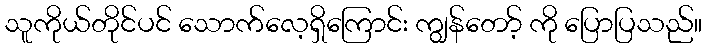
သူကိုယ်တိုင်ပင် သောက်လေ့ရှိကြောင်း ကျွန်တော့် ကို ပြောပြသည်။